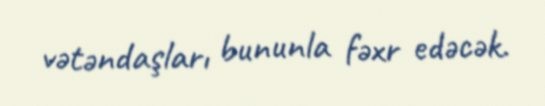
vətəndaşları bununla fəxr edəcək.